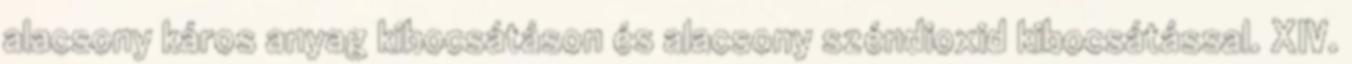
alacsony káros anyag kibocsátáson és alacsony széndioxid kibocsátással. XIV.